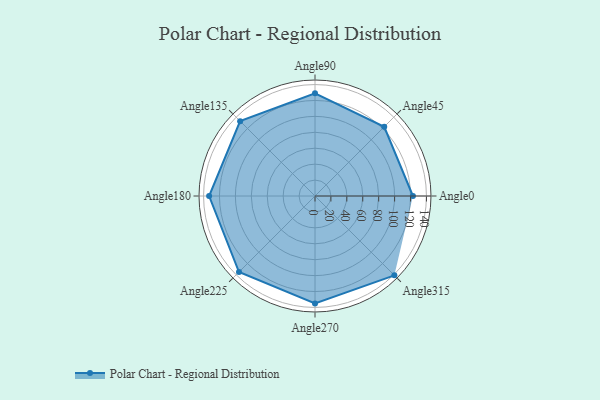
{"axis": {"x": "Angle", "y": "Radius"}, "legend": [""], "data": [{"x": "Angle0", "y": 123.0, "type": ""}, {"x": "Angle45", "y": 123.0, "type": ""}, {"x": "Angle90", "y": 129.0, "type": ""}, {"x": "Angle135", "y": 133.0, "type": ""}, {"x": "Angle180", "y": 133.0, "type": ""}, {"x": "Angle225", "y": 135.0, "type": ""}, {"x": "Angle270", "y": 135.0, "type": ""}, {"x": "Angle315", "y": 141.0, "type": ""}]}